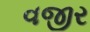
વજીર